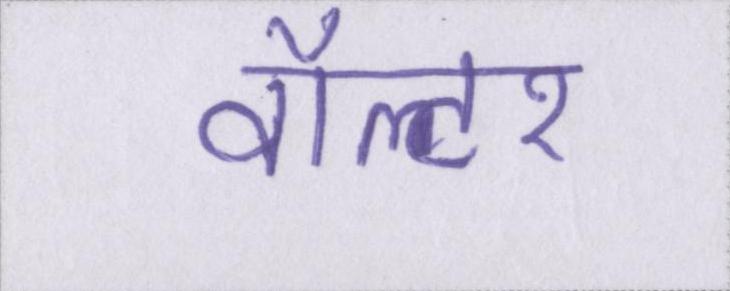
वॉल्टर